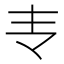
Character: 𰀈